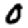
Digit: 0